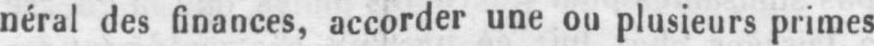
néral des finances, accorder une ou plusieurs primes